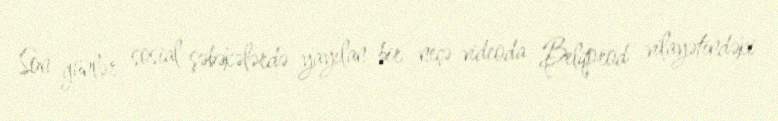
Son günlər sosial şəbəkələrdə yayılan bir neçə videoda Belqorod vilayətindəki